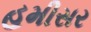
હમીસર